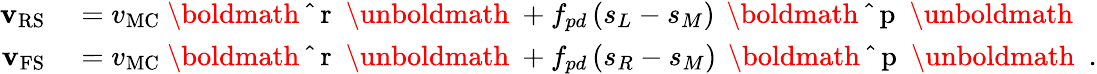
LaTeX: \begin{array}{rl}{{\mathbf{v}}_{\mathrm{RS}}}&{{}=v_{\mathrm{MC}}{\mathrm{~\boldmath~\hat{~}{~r~}~\unboldmath~}}+f_{pd}\, (s_{L}-s_{M})\, {\mathrm{~\boldmath~\hat{~}{~p~}~\unboldmath~}}}\\ {{\mathbf{v}}_{\mathrm{FS}}}&{{}=v_{\mathrm{MC}}{\mathrm{~\boldmath~\hat{~}{~r~}~\unboldmath~}}+f_{pd}\, (s_{R}-s_{M})\, {\mathrm{~\boldmath~\hat{~}{~p~}~\unboldmath~}}\ .}\end{array}